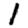
Digit: 1